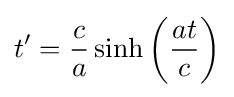
t'={\frac {c}{a}}\sinh \left({\frac {at}{c}}\right)